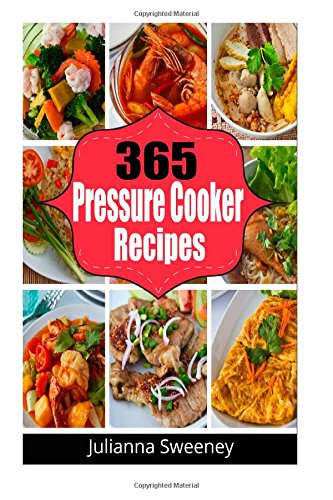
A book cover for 365  Pressure Cooker Recipes: Pressure Cooker Meals, Pressure Cooker Recipes, Pressure Cooker Recipes for Electric Pressure Cookers, Quick and Easy Recipes; Julianna Sweeney; Cookbooks, Food & Wine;